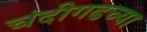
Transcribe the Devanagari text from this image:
चंदीगढच्या